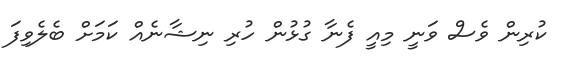
ކުރިން ވެސް ވަނީ މިއީ ފެނާ ގުޅުން ހުރި ނިޝާނެއް ކަމަށް ބެލެވިފަ